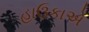
હાઉકાએ